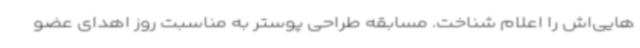
هایی‌اش را اعلام شناخت. مسابقه طراحی پوستر به مناسبت روز اهدای عضو